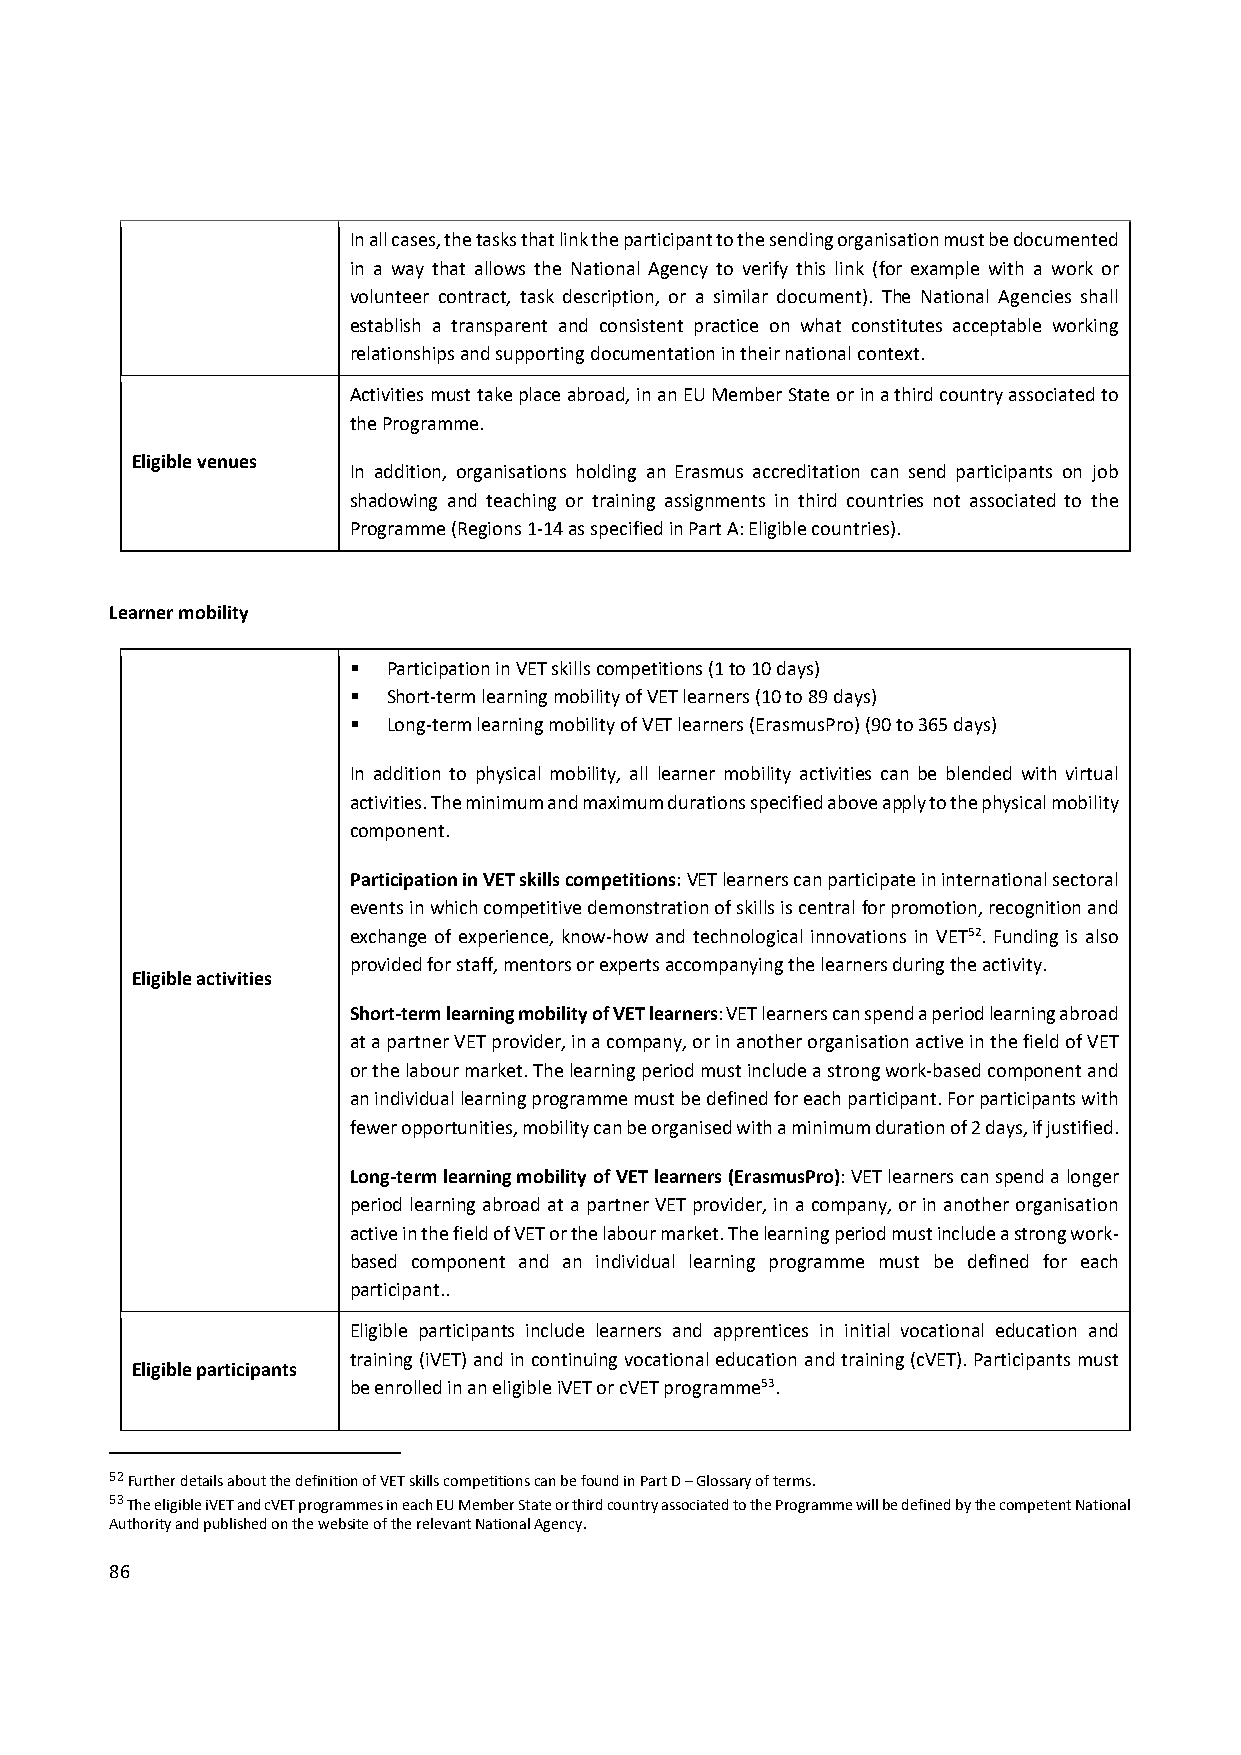
In all cases, the tasks that link the participant to the sending organisation must be documented
 in a way that allows the National Agency to verify this link (for example with a work or
 volunteer contract, task description, or a similar document). The National Agencies shall
 establish a transparent and consistent practice on what constitutes acceptable working
 relationships and supporting documentation in their national context.
 Activities must take place abroad, in an EU Member State or in a third country associated to
 the Programme.
 Eligible venues
 In addition, organisations holding an Erasmus accreditation can send participants on job
 shadowing and teaching or training assignments in third countries not associated to the
 Programme (Regions 1‐14 as specified in Part A: Eligible countries).
 Learner mobility
   Participation in VET skills competitions (1 to 10 days)
   Short‐term learning mobility of VET learners (10 to 89 days)
   Long‐term learning mobility of VET learners (ErasmusPro) (90 to 365 days)
 In addition to physical mobility, all learner mobility activities can be blended with virtual
 activities. The minimum and maximum durations specified above apply to the physical mobility
 component.
 Participation in VET skills competitions: VET learners can participate in international sectoral
 events in which competitive demonstration of skills is central for promotion, recognition and
 exchange of experience, know‐how and technological innovations in VET52. Funding is also
 provided for staff, mentors or experts accompanying the learners during the activity.
 Eligible activities
 Short‐term learning mobility of VET learners: VET learners can spend a period learning abroad
 at a partner VET provider, in a company, or in another organisation active in the field of VET
 or the labour market. The learning period must include a strong work‐based component and
 an individual learning programme must be defined for each participant. For participants with
 fewer opportunities, mobility can be organised with a minimum duration of 2 days, if justified.
 Long‐term learning mobility of VET learners (ErasmusPro): VET learners can spend a longer
 period learning abroad at a partner VET provider, in a company, or in another organisation
 active in the field of VET or the labour market. The learning period must include a strong work‐
 based component and an individual learning programme must be defined for each
 participant..
 Eligible participants include learners and apprentices in initial vocational education and
 training (iVET) and in continuing vocational education and training (cVET). Participants must
 Eligible participants
 be enrolled in an eligible iVET or cVET programme53.
 52 Further details about the definition of VET skills competitions can be found in Part D – Glossary of terms.
 53 The eligible iVET and cVET programmes in each EU Member State or third country associated to the Programme will be defined by the competent National
 Authority and published on the website of the relevant National Agency.
 86